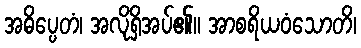
အဓိပ္ပေတံ၊ အလိုရှိအပ်၏။ အာစရိယဝံသောတိ၊